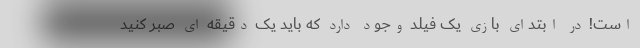
است! در ابتدای بازی یک فیلد وجود دارد که باید یک دقیقه ای صبر کنید